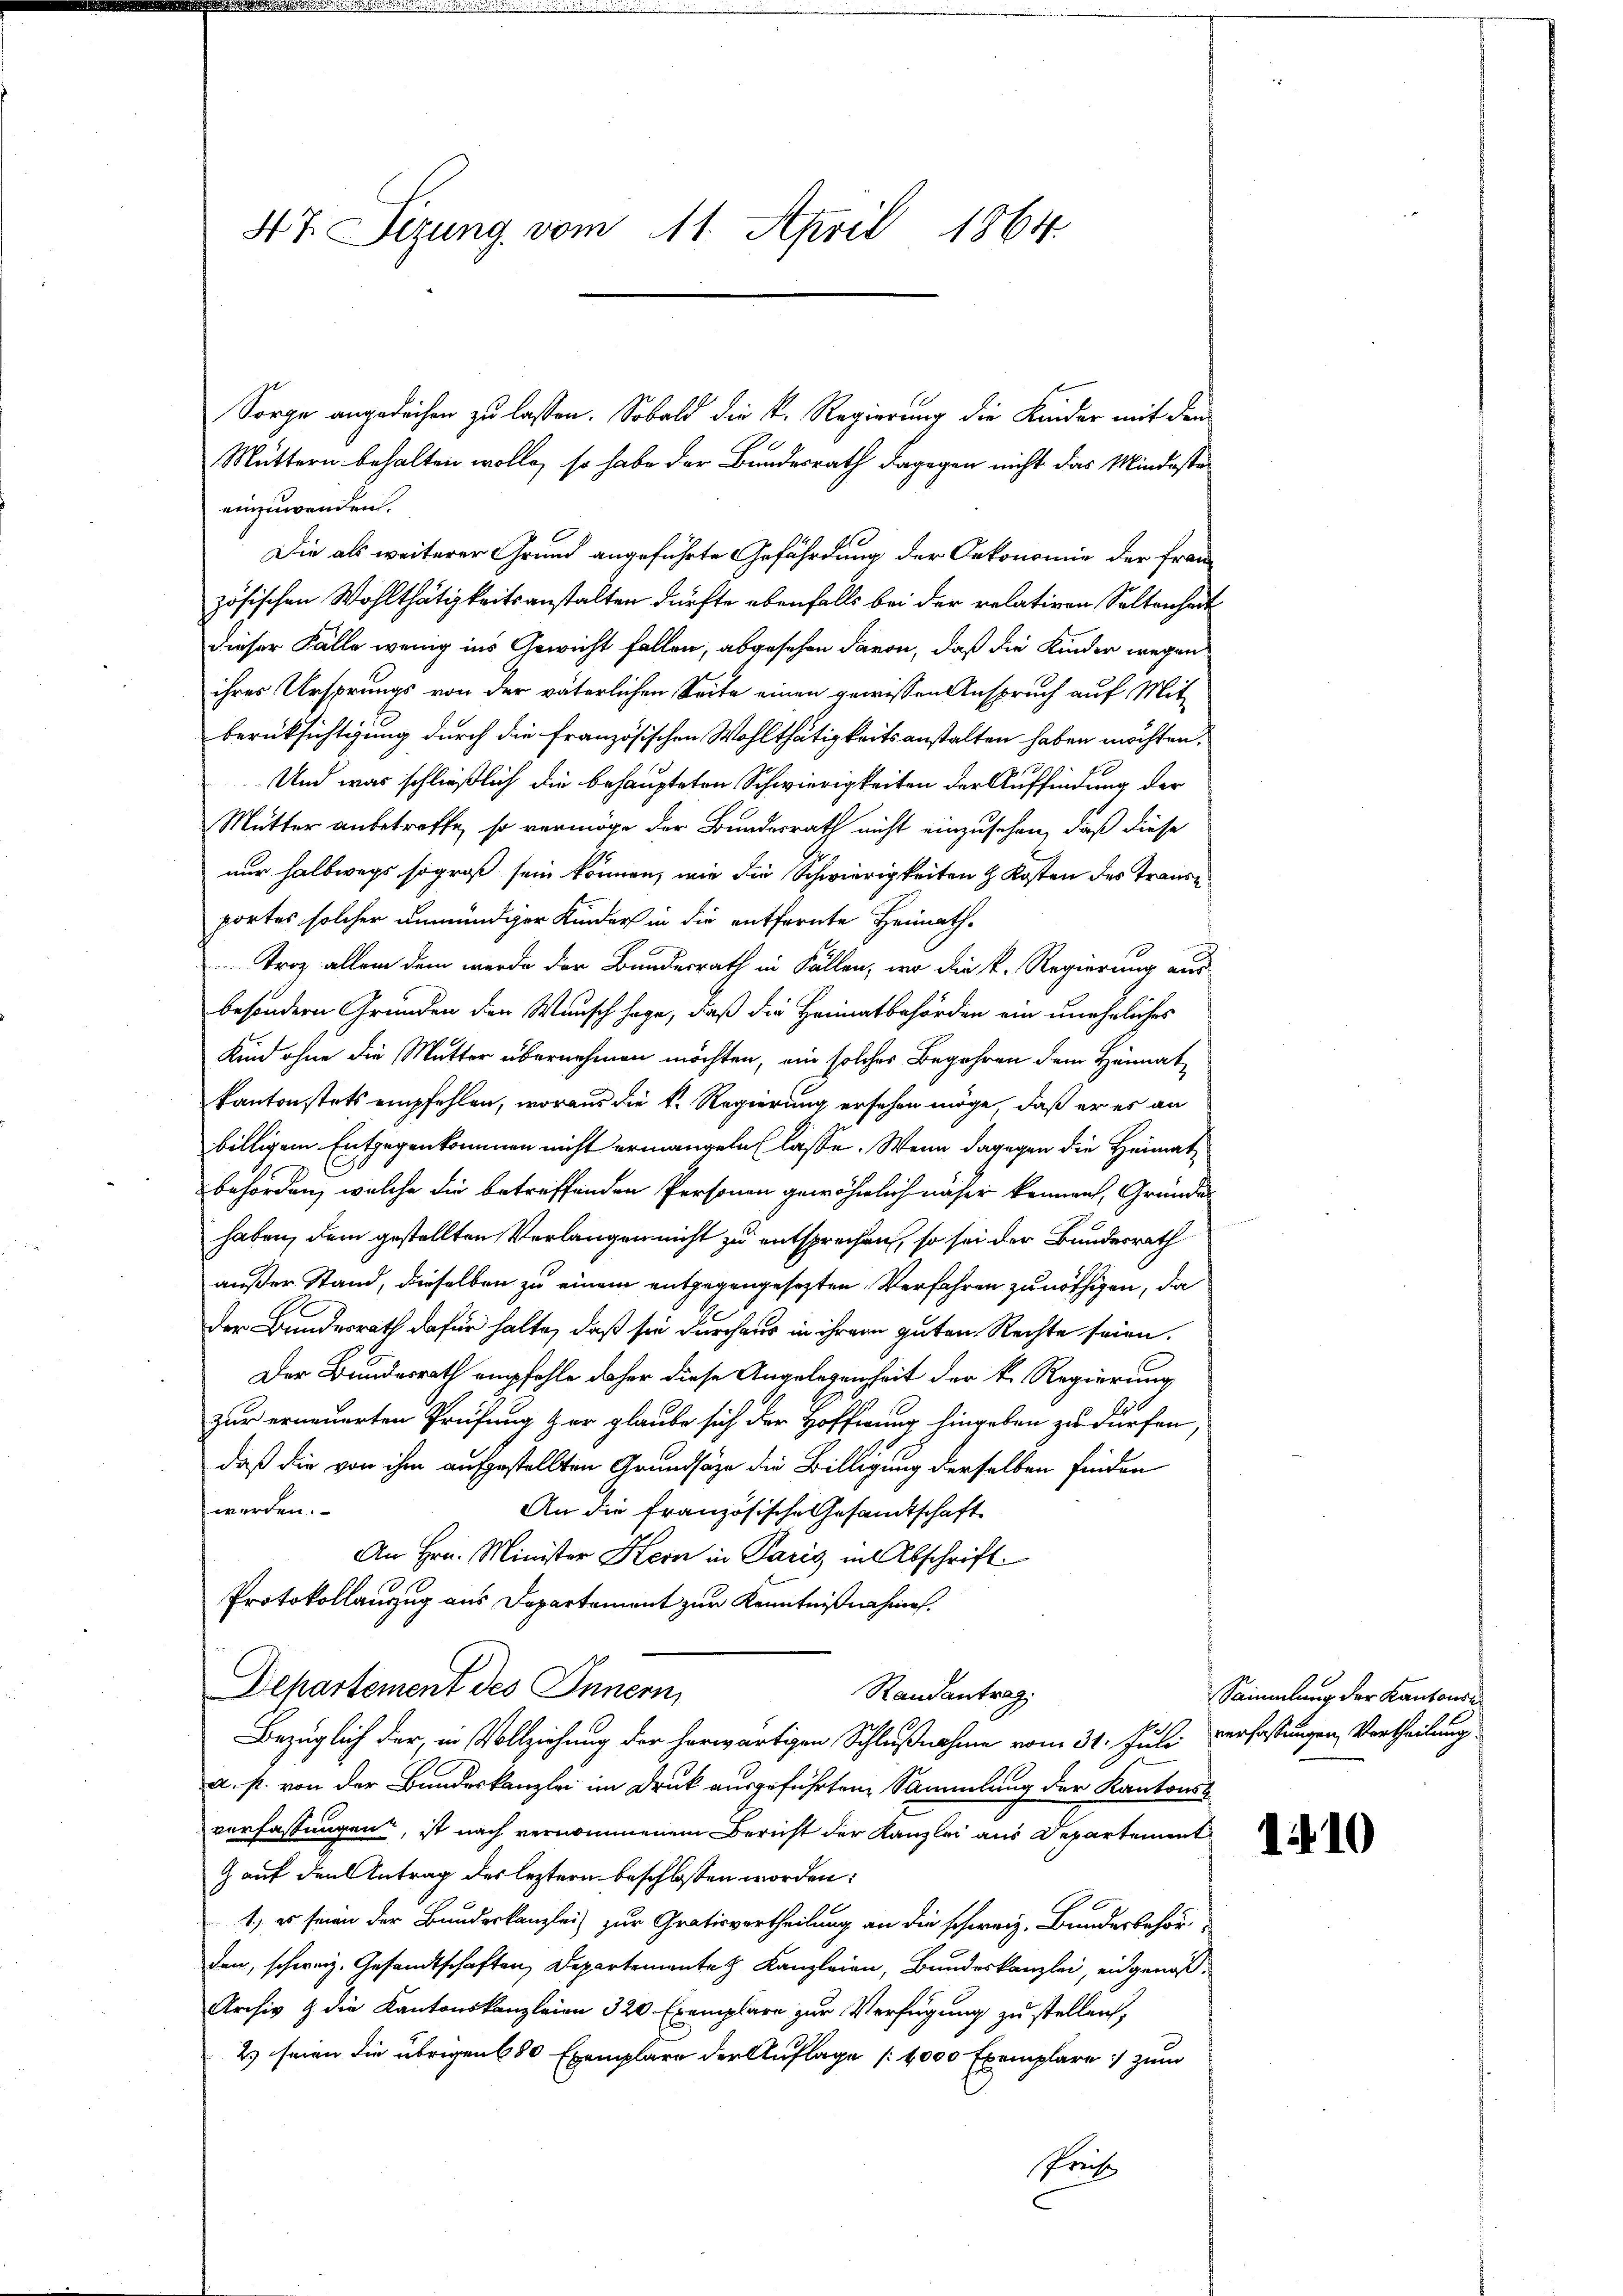
47. Sizung vom 11. April 1864.

Sorge angedachen zu lassen. Sobald die k. Regierung die Kinder mit dem
Muttern behalten wolle, so habe der Bundesrath dagegen nicht das Mindeste
einzuwenden.
Die als weiterer Grund angeführte Gefährdung der Oekonomie der Französischen Wohlthätigkeitsanstalten dürfte ebenfalls bei der relativen Seltenheit
dieser Fälle wenig ins Gewicht fallen, abgesehen davon, daß die Kinder wegen
ihres Ursprungs von der väterlichen Seite einen gewissen Anspruch auf Mit-
berücksichtigung durch die französischen Wohlthätigkeitsanstalten haben möchten.
Und was schließlich die behaupteten Schwierigkeiten der Auffindung der
Mutter anbetreffe, so vermöge der Bundesrath nicht einzusehen, daß diese
nur halbwegs so groß sein können, wie die Schwierigkeiten & Kosten des Transe
portes solcher unmündiger Kinder in die entfernte Heimath¬
Troz allein dem werde der Bundesrath in Fällen, wo die k. Regierung aus
besondern Gründen der Wunsch sage, daß die Heimatbehörden ein uneheliches
Kind ohne die Mutter übernehmen möchten, ein solches Begehren dem Heimatkantonstets empfehlen, woraus die k. Regierung ersehen möge, daß er es an
billigem Entgegenkommen nicht ermangeln lasse. Wenn dagegen die Heimat¬
7
behörden, welche die betreffenden Personen gewöhnlich näher kennen, Gründe
haben, dem gestellten Verlangen nicht zu entsprechen, so sei der Bundesrath
außer Stand, dieselben zu einem entgegengesezten Verfahren zu nöthigen, da
der Bundesrath dafür halte, daß sie durchaus in ihrem guten Rechte seien.
Der Bundesrath empfehle daher diese Angelegenheit der k. Regierung
zur erneuerten Prüfung zur glaube sich der Hoffnung hingeben zu dürfen,
daß die von ihm aufgestellten Grundsätze die Billigung derselben finden
werden.
An die französische Gesandtschaft
An Hrn. Minister Kern in Paris in Abschrift.
Protokollanzug aus Departement zur Kenntnißnahme.
Departement des Innern,
Randantrag
Bezüglich der, in Vollziehung der herwärtigen Schlußnahme vom 31. Juli verfassungen, Vortheilung
a. p. von der Bundeskanzlei im Druck ausgeführten Sammlung der Kantons
verfassungen, ist nach vernommenem Bericht der Kanzlei aus Departement
G auf den Antrag des leztern beschlossen worden:
1) es seien der Bundeskanzlei zur Gratisvertheilung an die schweiz. Bundesbehör
den, schweiz. Gesandtschaften, Departemente Kanzleien, Bundeskanzlei, ein genoß¬
Archiv & die Kantonskanzleien 320 Exemplare zur Verfügung zu stellen,
2) seien die übrigen 680 Exemplare der Auflage (4000 Exemplare :/ zum
spreis

Sammlung der Kantonse

1410